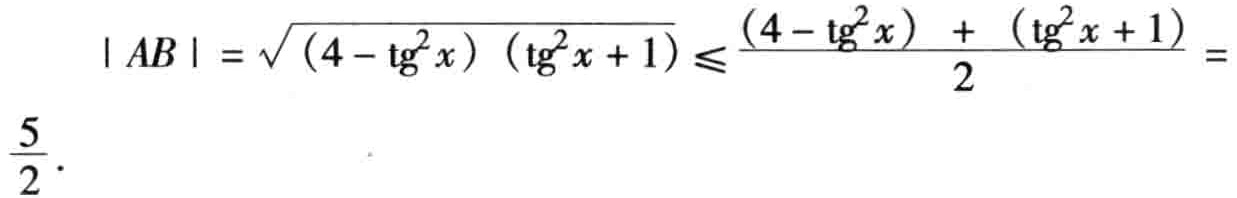
\[

\begin{align*}

|AB|&=\sqrt{(4 - \text{tg}^2x)(\text{tg}^2x + 1)}\leqslant\frac{(4 - \text{tg}^2x)+(\text{tg}^2x + 1)}{2}\\

&=\frac{5}{2}

\end{align*}

\]